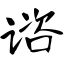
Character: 谘